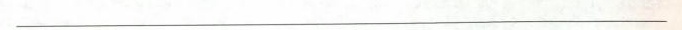
___